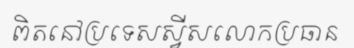
ពិតនៅប្រទេសស្វីសលោកប្រធាន